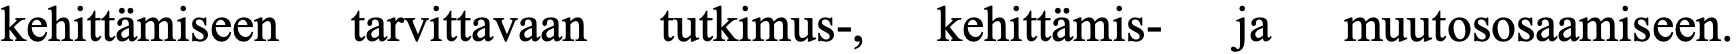
kehittämiseen tarvittavaan tutkimus-, kehittämis- ja muutososaamiseen.